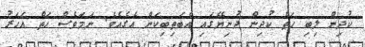
ކުދިން ލިބި ހަތް ކުދިން ދުނިޔޭގައި އެބަތިބިކަން އެގެއެވެ. ނަމަވެސް ހަތް އަހަރު